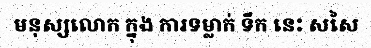
មនុស្សលោក ក្នុង ការទម្លាក់ ទឹក នេះ សសៃ